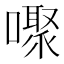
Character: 𰈸